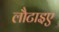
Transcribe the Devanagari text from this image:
लौटाइए